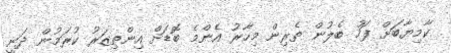
ކާމިޔާބަށް ފަހު ބެލުން ތެރިން މިހާރު އެންމެ ބޮޑަށް އިންތިޒަރު ކުރަމުން ދަނީ